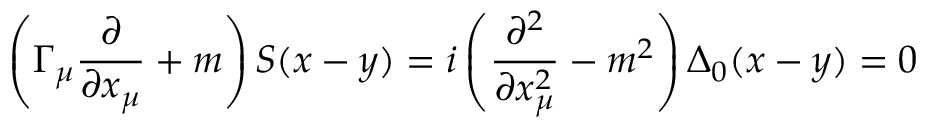
\left( \Gamma _ { \mu } \frac \partial { \partial x _ { \mu } } + m \right) S ( x - y ) = i \left( \frac { \partial ^ { 2 } } { \partial x _ { \mu } ^ { 2 } } - m ^ { 2 } \right) \Delta _ { 0 } ( x - y ) = 0